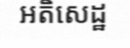
អតិសេដ្ឋ